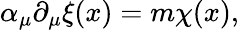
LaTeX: \alpha_{\mu}\partial_{\mu}\xi(x)=m\chi(x),